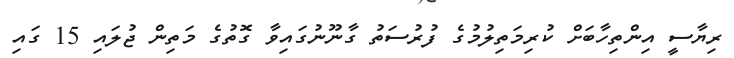
ރިޔާސީ އިންތިހާބަށް ކުރިމަތިލުމުގެ ފުރުސަތު ގާނޫނުގައިވާ ގޮތުގެ މަތިން ޖުލައި 15 ގައި